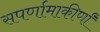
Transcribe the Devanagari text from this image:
सपर्णामाकीर्णां